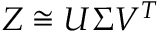
Z \cong U \Sigma V ^ { T }